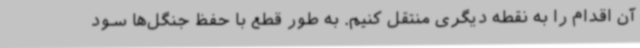
آن اقدام را به نقطه‌ دیگری منتقل کنیم. به طور قطع با حفظ جنگل‌ها سود